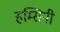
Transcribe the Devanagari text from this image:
हम्सिनी